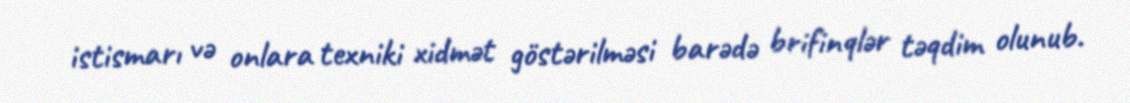
istismarı və onlara texniki xidmət göstərilməsi barədə brifinqlər təqdim olunub.